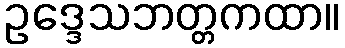
ဥဒ္ဒေသဘတ္တကထာ။